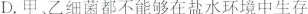
D.甲、乙细菌都不能够在盐水环境中生存